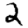
Digit: 2